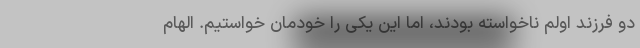
دو فرزند اولم ناخواسته بودند، اما این یکی را خودمان خواستیم. الهام